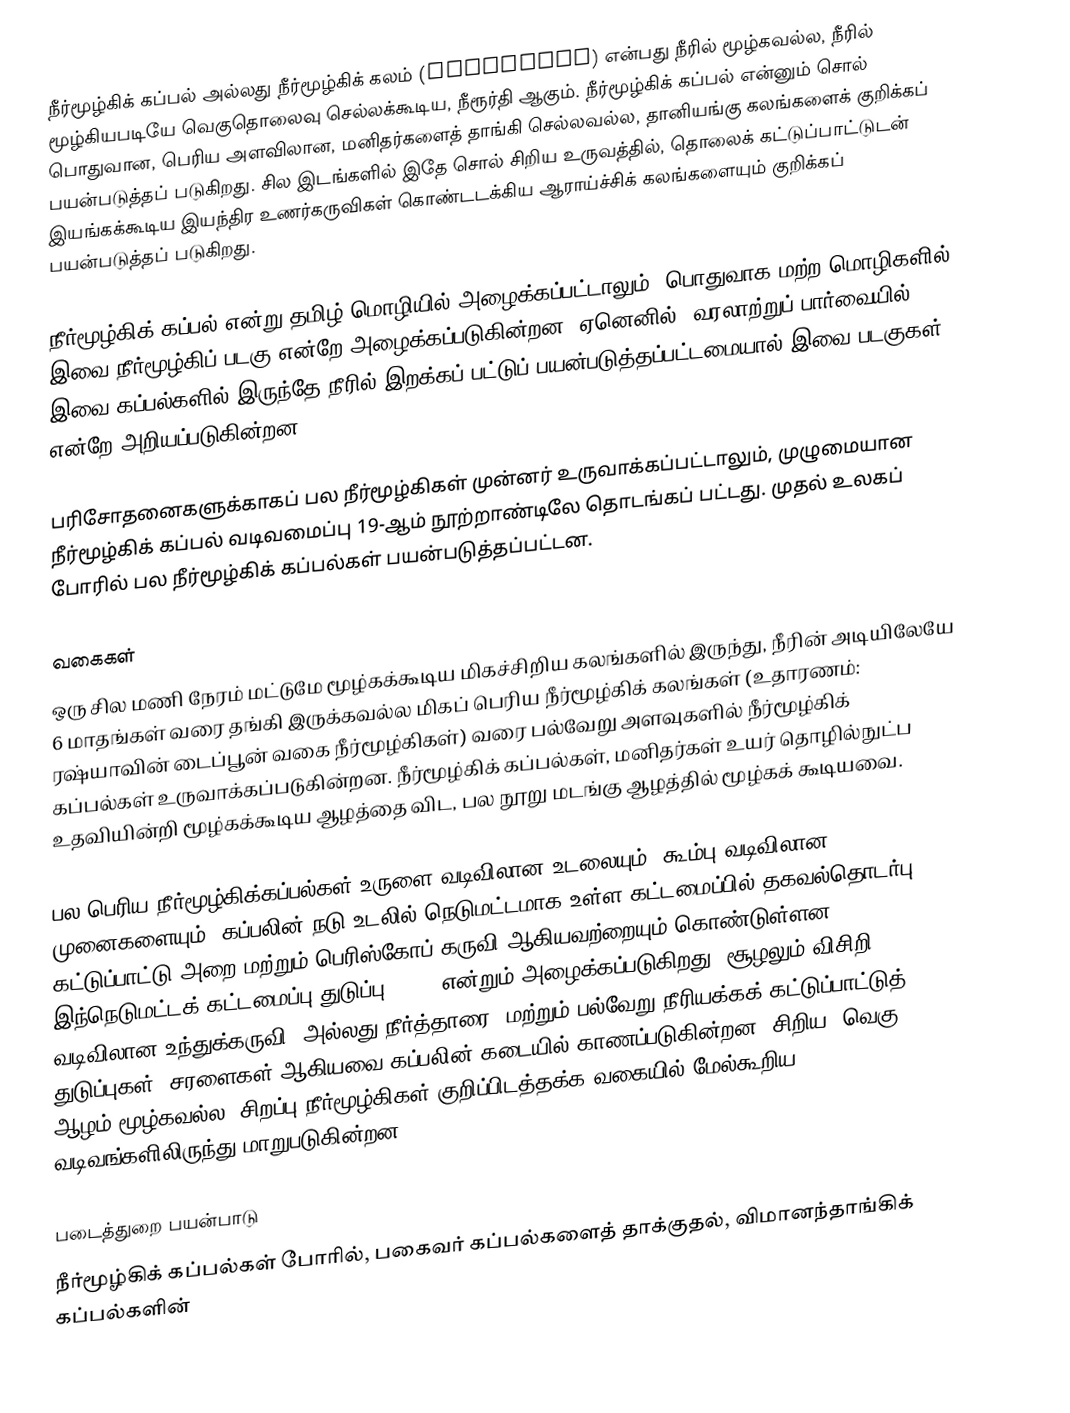
நீர்மூழ்கிக் கப்பல் அல்லது நீர்மூழ்கிக் கலம் (submarine) என்பது நீரில் மூழ்கவல்ல, நீரில் மூழ்கியபடியே வெகுதொலைவு செல்லக்கூடிய, நீரூர்தி ஆகும். நீர்மூழ்கிக் கப்பல் என்னும் சொல் பொதுவான, பெரிய அளவிலான, மனிதர்களைத் தாங்கி செல்லவல்ல, தானியங்கு கலங்களைக் குறிக்கப் பயன்படுத்தப் படுகிறது. சில இடங்களில் இதே சொல் சிறிய உருவத்தில், தொலைக் கட்டுப்பாட்டுடன் இயங்கக்கூடிய இயந்திர உணர்கருவிகள் கொண்டடக்கிய ஆராய்ச்சிக் கலங்களையும் குறிக்கப் பயன்படுத்தப் படுகிறது.

நீர்மூழ்கிக் கப்பல் என்று தமிழ் மொழியில் அழைக்கப்பட்டாலும், பொதுவாக மற்ற மொழிகளில் இவை நீர்மூழ்கிப் படகு என்றே அழைக்கப்படுகின்றன. ஏனெனில், வரலாற்றுப் பார்வையில், இவை கப்பல்களில் இருந்தே நீரில் இறக்கப் பட்டுப் பயன்படுத்தப்பட்டமையால் இவை படகுகள் என்றே அறியப்படுகின்றன.

பரிசோதனைகளுக்காகப் பல நீர்மூழ்கிகள் முன்னர் உருவாக்கப்பட்டாலும், முழுமையான நீர்மூழ்கிக் கப்பல் வடிவமைப்பு 19-ஆம் நூற்றாண்டிலே தொடங்கப் பட்டது. முதல் உலகப் போரில் பல நீர்மூழ்கிக் கப்பல்கள் பயன்படுத்தப்பட்டன.

வகைகள்
ஒரு சில மணி நேரம் மட்டுமே மூழ்கக்கூடிய மிகச்சிறிய கலங்களில் இருந்து, நீரின் அடியிலேயே 6 மாதங்கள் வரை தங்கி இருக்கவல்ல மிகப் பெரிய நீர்மூழ்கிக் கலங்கள் (உதாரணம்: ரஷ்யாவின் டைப்பூன் வகை நீர்மூழ்கிகள்) வரை பல்வேறு அளவுகளில் நீர்மூழ்கிக் கப்பல்கள் உருவாக்கப்படுகின்றன. நீர்மூழ்கிக் கப்பல்கள், மனிதர்கள் உயர் தொழில்நுட்ப உதவியின்றி மூழ்கக்கூடிய ஆழத்தை விட, பல நூறு மடங்கு ஆழத்தில் மூழ்கக் கூடியவை.

பல பெரிய நீர்மூழ்கிக்கப்பல்கள் உருளை வடிவிலான உடலையும், கூம்பு வடிவிலான முனைகளையும், கப்பலின் நடு உடலில் நெடுமட்டமாக உள்ள கட்டமைப்பில் தகவல்தொடர்பு கட்டுப்பாட்டு அறை மற்றும் பெரிஸ்கோப் கருவி ஆகியவற்றையும் கொண்டுள்ளன. இந்நெடுமட்டக் கட்டமைப்பு துடுப்பு (fin) என்றும் அழைக்கப்படுகிறது. சூழலும் விசிறி வடிவிலான உந்துக்கருவி (அல்லது நீர்த்தாரை) மற்றும் பல்வேறு நீரியக்கக் கட்டுப்பாட்டுத் துடுப்புகள், சரளைகள் ஆகியவை கப்பலின் கடையில் காணப்படுகின்றன. சிறிய, வெகு ஆழம் மூழ்கவல்ல, சிறப்பு நீர்மூழ்கிகள் குறிப்பிடத்தக்க வகையில் மேல்கூறிய வடிவங்களிலிருந்து மாறுபடுகின்றன.

படைத்துறை பயன்பாடு
நீர்மூழ்கிக் கப்பல்கள் போரில், பகைவர் கப்பல்களைத் தாக்குதல், விமானந்தாங்கிக் கப்பல்களின்